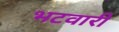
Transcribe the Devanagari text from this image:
भटवारी